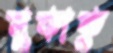
লুকাকু